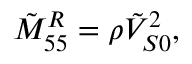
\tilde { M } _ { 5 5 } ^ { R } = \rho \tilde { V } _ { S 0 } ^ { 2 } ,